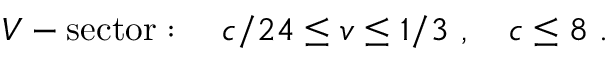
V - \mathrm { s e c t o r } : { } ~ { } ~ { } ~ c / 2 4 \leq v \leq 1 / 3 { } ~ , { } ~ { } ~ { } ~ c \leq 8 { } ~ .